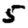
Digit: 5